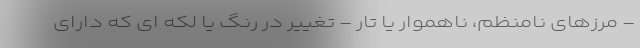
- مرزهای نامنظم، ناهموار یا تار - تغییر در رنگ یا لکه ای که دارای